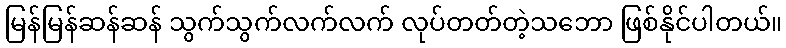
မြန်မြန်ဆန်ဆန် သွက်သွက်လက်လက် လုပ်တတ်တဲ့သဘော ဖြစ်နိုင်ပါတယ်။